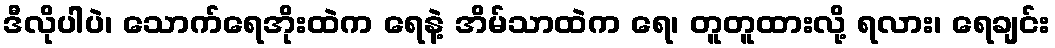
ဒီလိုပါပဲ၊ သောက်ရေအိုးထဲက ရေနဲ့ အိမ်သာထဲက ရေ၊ တူတူထားလို့ ရလား၊ ရေချင်း